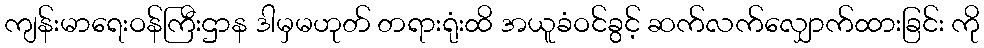
ကျန်းမာရေးဝန်ကြီးဌာန ဒါမှမဟုတ် တရားရုံးထိ အယူခံဝင်ခွင့် ဆက်လက်လျှောက်ထားခြင်း ကို